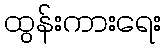
ထွန်းကားရေး